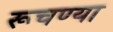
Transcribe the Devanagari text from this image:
रूचण्या